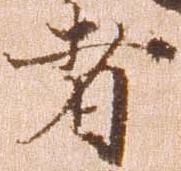
者